Report of an investigation of the epidemic of malarial fever in Assam, or, kala-azar
Disease focus: Malaria
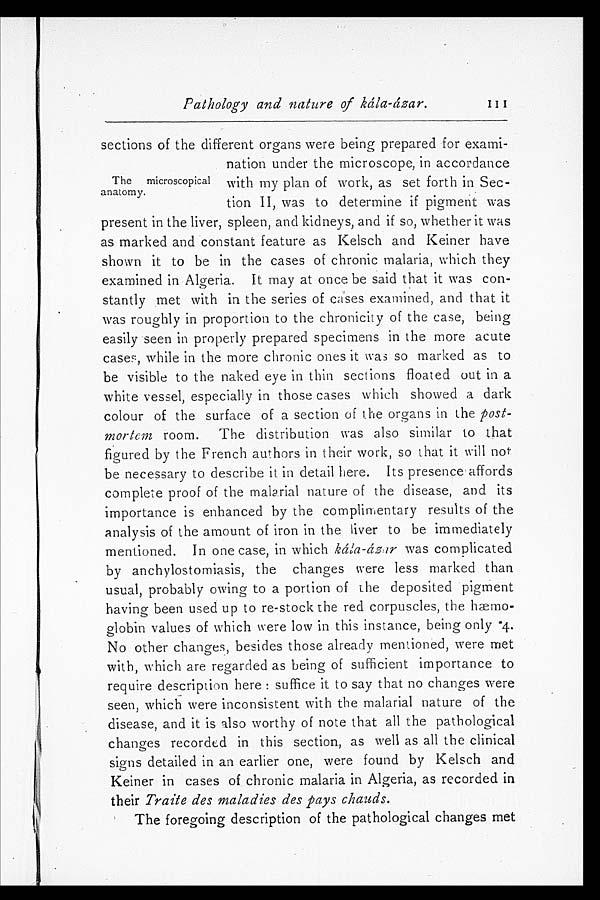
Pathology and nature of kála-ázar.
sections of the different organs were being prepared for exami
-nation under the microscope, in accordance
with my plan of work, as set forth in Sec
-tion II, was to determine if pigment was
present in the liver, spleen, and kidneys, and if so, whether it was
as marked and constant feature as Kelsch and Keiner have
shown it to be in the cases of chronic malaria, which they
examined in Algeria. It may at once be said that it was con
-stantly met with in the series of cases examined, and that it
was roughly in proportion to the chronicity of the case, being
easily seen in properly prepared specimens in the more acute
cases, while in the more chronic ones it was so marked as to
be visible to the naked eye in thin sections floated out in a
white vessel, especially in those cases which showed a dark
colour of the surface of a section of the organs in the post
-mortem room. The distribution was also similar to that
figured by the French authors in their work, so that it will not
be necessary to describe it in detail here. Its presence affords
complete proof of the malarial nature of the disease, and its
importance is enhanced by the complimentary results of the
analysis of the amount of iron in the liver to be immediately
mentioned. In one case, in which kála-ázar was complicated
by anchylostomiasis, the changes were less marked than
usual, probably owing to a portion of the deposited pigment
having been used up to re-stock the red corpuscles, the hæmo
-globin values of which were low in this instance, being only .4.
No other changes, besides those already mentioned, were met
with, which are regarded as being of sufficient importance to
require description here: suffice it to say that no changes were
seen, which were inconsistent with the malarial nature of the
disease, and it is also worthy of note that all the pathological
changes recorded in this section, as well as all the clinical
signs detailed in an earlier one, were found by Kelsch and
Keiner in cases of chronic malaria in Algeria, as recorded in
their Traite des maladies des pays chauds.
The foregoing description of the pathological changes met
The microscopical
anatomy.